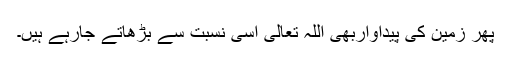
پھر زمین کی پیداواربھی اللہ تعالیٰ اسی نسبت سے بڑھاتے جارہے ہیں۔